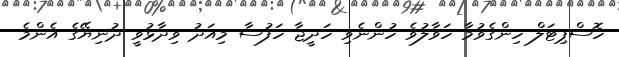
ހޮސްޕިޓަލް ހިންގެވުމާ ހަވާލުވެ ހުންނެވި ހަދީޖާ ހަފުސާ މިއަދު ވިދާޅުވީ ދުނިޔޭގެ އެންމެ